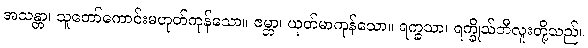
အသန္တာ၊ သူတော်ကောင်းမဟုတ်ကုန်သော။ ဇမ္ဘာ၊ ယုတ်မာကုန်သော။ ရက္ခသာ၊ ရက္ခိုသ်ဘီလူးတို့သည်။